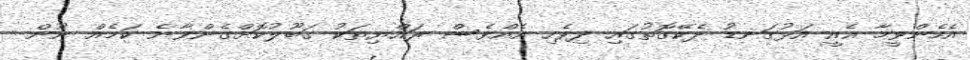
އެހެންވީމާ އެއީ އަޅުގަނޑު ދެކޭގޮތުގައި ދިވެހި އެއްވެސް ރައްޔިތަކު ގަބޫލުކޮށްގެންވާނެ ކަމެއް ނޫން